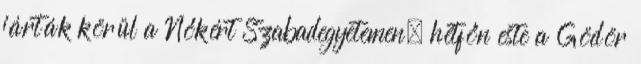
járták körül a Nőkért Szabadegyetemen, hétfőn este a Gödör